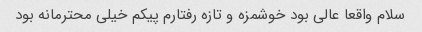
سلام واقعا عالی بود خوشمزه و تازه رفتارم پیکم خیلی محترمانه بود